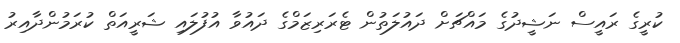
ކުރީގެ ރައީސް ނަޝީދުގެ މައްޗަށް ދައުލަތުން ޓެރަރިޒަމްގެ ދައުވާ އުފުލައި ޝަރީއަތް ކުރަމުންދާއިރު